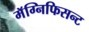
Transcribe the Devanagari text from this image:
मॅग्निफिसन्ट